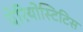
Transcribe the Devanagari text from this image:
पेरियोस्टिटिस